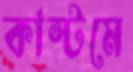
কাস্টমে